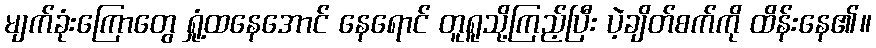
မျက်ခုံးကြောတွေ ရှုံ့ထနေအောင် နေရောင် တူရူသို့ကြည့်ပြီး ပဲ့ချိတ်စက်ကို ထိန်းနေ၏။